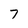
Character: 7